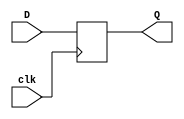
`timescale 1ns / 1ps
//////////////////////////////////////////////////////////////////////////////////
// Company: 
// Engineer: 
// 
// Design Name: 
// Module Name: D_FF_neg
// Project Name: 
// Target Devices: 
// Tool Versions: 
// Description: 
// 
// Dependencies: 
// 
// Revision:
// Revision 0.01 - File Created
// Additional Comments:
// 
//////////////////////////////////////////////////////////////////////////////////


module D_FF_NEG(
    input D,
    input clk,
    output reg Q
    );
    
    always @(negedge clk)
    begin
        Q <= D;
    end
endmodule